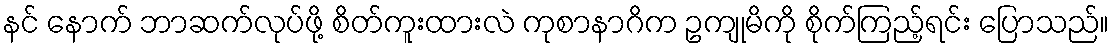
နင် နောက် ဘာဆက်လုပ်ဖို့ စိတ်ကူးထားလဲ ကုစာနာဂိက ဥကျုမိကို စိုက်ကြည့်ရင်း ပြောသည်။